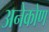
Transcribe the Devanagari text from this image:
अनेकोण